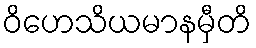
ဝိဟေသိယမာနမှီတိ